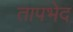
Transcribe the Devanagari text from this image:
तापभेद